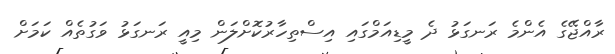
ރާއްޖޭގެ އެންމެ ރަނގަޅު ދެ މީޑިއަމްގައި އިސްތިހާރުކޮށްލަން މިއީ ރަނގަޅު ވަގުތެއް ކަމަށް